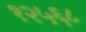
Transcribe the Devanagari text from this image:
१२५६८